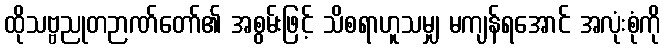
ထိုသဗ္ဗညုတဉာဏ်တော်၏ အစွမ်းဖြင့် သိစရာဟူသမျှ မကျန်ရအောင် အလုံးစုံကို